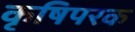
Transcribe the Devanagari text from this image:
कृषिपरक